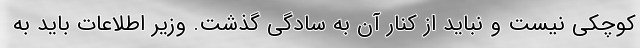
کوچکی نیست و نباید از کنار آن به سادگی گذشت. وزیر اطلاعات باید به